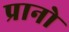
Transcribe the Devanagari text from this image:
प्रानो